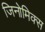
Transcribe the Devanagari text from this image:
जिनोमिक्स